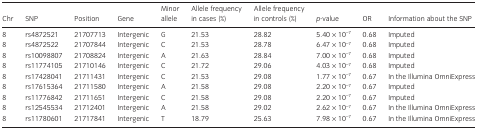
<table><thead><tr><td><b>Chr</b></td><td><b>SNP</b></td><td><b>Position</b></td><td><b>Gene</b></td><td><b>Minor allele</b></td><td><b>Allele frequency in cases (%)</b></td><td><b>Allele frequency in controls (%)</b></td><td><b><i>p</i>‐value</b></td><td><b>OR</b></td><td><b>Information about the SNP</b></td></tr></thead><tbody><tr><td>8</td><td>rs4872521</td><td>21707713</td><td>Intergenic</td><td>G</td><td>21.53</td><td>28.82</td><td>5.40 × 10<sup>−7</sup></td><td>0.68</td><td>Imputed</td></tr><tr><td>8</td><td>rs4872522</td><td>21707844</td><td>Intergenic</td><td>C</td><td>21.53</td><td>28.78</td><td>6.47 × 10<sup>−7</sup></td><td>0.68</td><td>Imputed</td></tr><tr><td>8</td><td>rs10098807</td><td>21708824</td><td>Intergenic</td><td>A</td><td>21.63</td><td>28.84</td><td>7.00 × 10<sup>−7</sup></td><td>0.68</td><td>Imputed</td></tr><tr><td>8</td><td>rs11774105</td><td>21710146</td><td>Intergenic</td><td>C</td><td>21.72</td><td>29.06</td><td>4.03 × 10<sup>−7</sup></td><td>0.68</td><td>Imputed</td></tr><tr><td>8</td><td>rs17428041</td><td>21711431</td><td>Intergenic</td><td>C</td><td>21.53</td><td>29.08</td><td>1.77 × 10<sup>−7</sup></td><td>0.67</td><td>In the Illumina OmniExpress</td></tr><tr><td>8</td><td>rs17615364</td><td>21711580</td><td>Intergenic</td><td>A</td><td>21.58</td><td>29.08</td><td>2.20 × 10<sup>−7</sup></td><td>0.67</td><td>Imputed</td></tr><tr><td>8</td><td>rs11776842</td><td>21711651</td><td>Intergenic</td><td>C</td><td>21.58</td><td>29.08</td><td>2.20 × 10<sup>−7</sup></td><td>0.67</td><td>Imputed</td></tr><tr><td>8</td><td>rs12545534</td><td>21712401</td><td>Intergenic</td><td>A</td><td>21.58</td><td>29.02</td><td>2.62 × 10<sup>−7</sup></td><td>0.67</td><td>In the Illumina OmniExpress</td></tr><tr><td>8</td><td>rs11780601</td><td>21717841</td><td>Intergenic</td><td>T</td><td>18.79</td><td>25.63</td><td>7.98 × 10<sup>−7</sup></td><td>0.67</td><td>In the Illumina OmniExpress</td></tr></tbody></table>